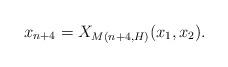
LaTeX: \begin{align*}x_{n+4} = X_{M(n+4, H)}(x_1, x_2).\end{align*}